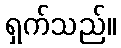
ရှက်သည်။